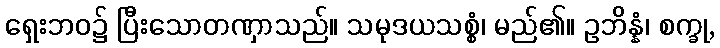
ရှေးဘဝ၌ ပြီးသောတဏှာသည်။ သမုဒယသစ္စံ၊ မည်၏။ ဥဘိန္နံ၊ စက္ခု,